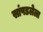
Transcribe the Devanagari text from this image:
सांपडलेला